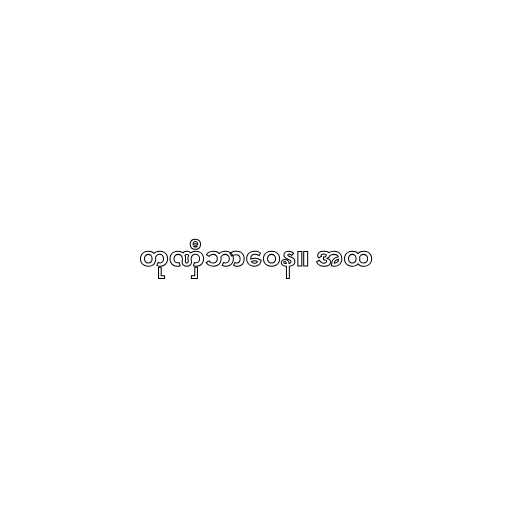
တုဏှီဘာဝေန။ အထ